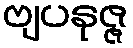
ဗျပနုဇ္ဇ